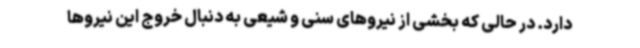
دارد. در حالی که بخشی از نیروهای سنی و شیعی به دنبال خروج این نیروها